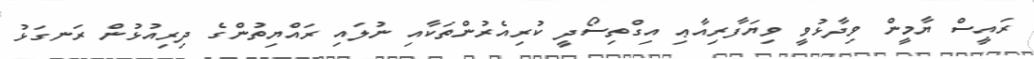
ރައީސް ޔާމީން ވިދާޅުވީ ވިޔަފާރިއާޢި އިގްތިސޯދީ ކުރިއެރުންތަކާއި ނުލައި ރައްޔިތުންގެ ދިރިއުޅުން ރަނގަޅު